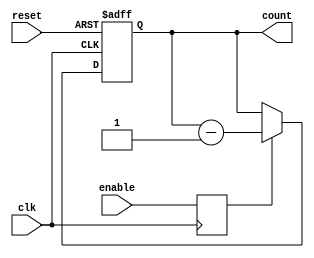
module BinaryDownCounterWithEnable (
    input wire clk,
    input wire enable,
    input wire reset,
    output reg [3:0] count
);

// Synchronization logic
reg enable_sync;
always @(posedge clk) begin
    enable_sync <= enable;
end

// Binary down counter
always @(posedge clk or posedge reset) begin
    if (reset) begin
        count <= 4'b1111; // Predetermined value
    end else if (enable_sync) begin
        count <= count - 1;
    end
end

endmodule